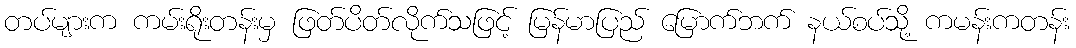
တပ်များက ကမ်းရိုးတန်းမှ ဖြတ်ပိတ်လိုက်သဖြင့် မြန်မာပြည် မြောက်ဘက် နယ်စပ်သို့ ကမန်းကတန်း